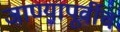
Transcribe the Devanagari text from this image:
जाण्यापूर्वीच